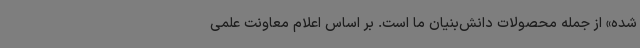
شده» از جمله محصولات دانش‌بنیان ما است. بر اساس اعلام معاونت علمی